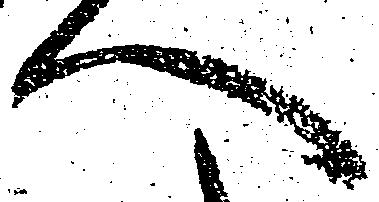
へ